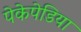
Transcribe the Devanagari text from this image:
पेकेपेडिया